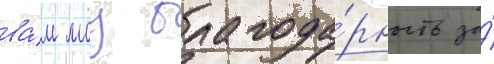
ва́м моу благода́рность за́